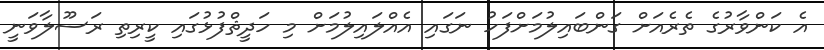
އެ ކަންވާރުގެ ތެރެއަށް ގަންބައިލުމަށްފަހު ނަގައި އެއްލައިލުމަށް މި ހަދީޘްފުޅުގައި ކީރިތި ރަސޫލާވަނީ